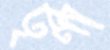
তৃণা